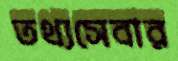
তথ্যসেবার